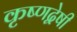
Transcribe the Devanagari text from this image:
कृष्णद्वेषी